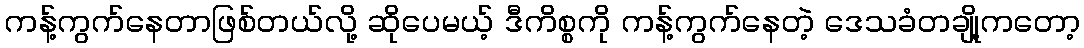
ကန့်ကွက်နေတာဖြစ်တယ်လို့ ဆိုပေမယ့် ဒီကိစ္စကို ကန့်ကွက်နေတဲ့ ဒေသခံတချို့ကတော့